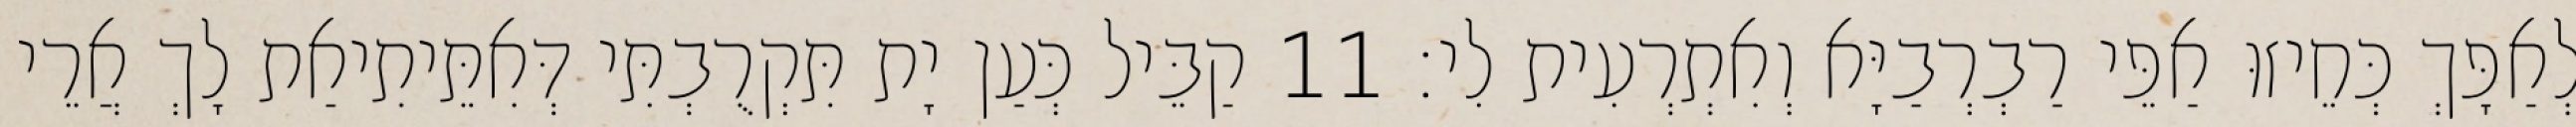
לְאַפָּךְ כְּחֵיזוּ אַפֵּי רַבְרְבַיָּא וְאִתְרְעִית לִי׃ 11 קַבֵּיל כְּעַן יָת תִּקְרֻבְתִּי דְּאִתֵּיתִיאַת לָךְ אֲרֵי